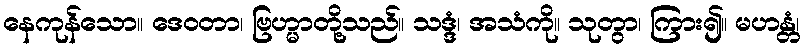
နေကုန်သော။ ဒေဝတာ၊ ဗြဟ္မာတို့သည်။ သဒ္ဒံ၊ အသံကို။ သုတွာ၊ ကြား၍။ မဟန္တံ၊